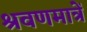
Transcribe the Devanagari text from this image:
श्रवणमात्रें